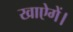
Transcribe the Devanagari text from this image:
खाऐगें।